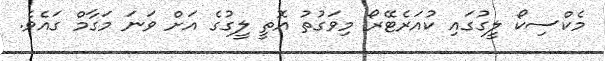
މެކްސިކޯ ލީގުގައި ކުއަރެޓޭރޯ މިވަގުތު އޮތީ ލީގުގެ އަށް ވަނަ މަގާމް ގައެވެ.